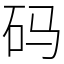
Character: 码